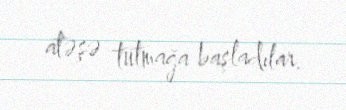
atəşə tutmağa başladılar.